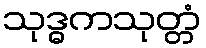
သုဒ္ဓကသုတ္တံ